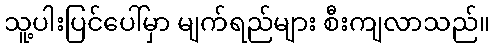
သူ့ပါးပြင်ပေါ်မှာ မျက်ရည်များ စီးကျလာသည်။